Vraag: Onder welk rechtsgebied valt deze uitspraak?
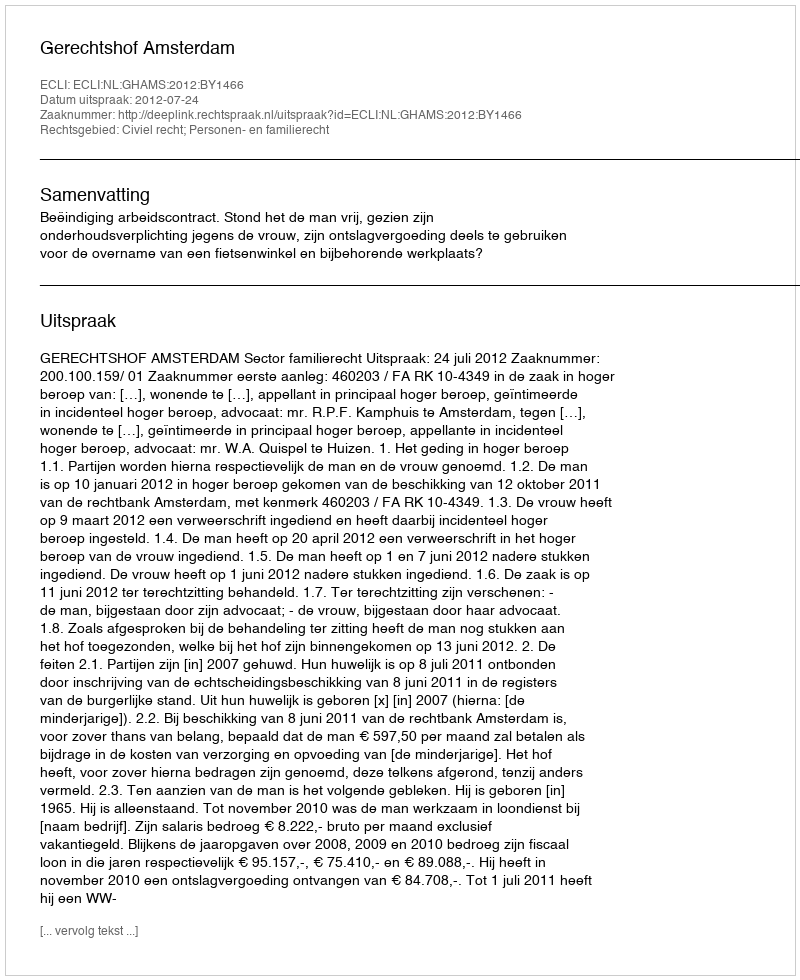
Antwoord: Civiel recht; Personen- en familierecht